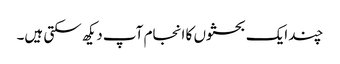
چند ایک بحثوں کا انجام آپ دیکھ سکتی ہیں۔